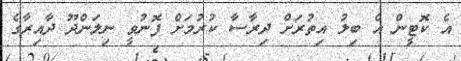
އެ ކޮޓީން އެ ބިލު އިތުރަށް ދިރާސާ ކުރުމަށް ފޮނުވީ ނިލަންދޫ ދާއިރާގެ